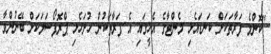
"ކޮންމެ ފަރާތަކަށް ކަނޑައެޅި މެންޓާގެ އެހީގައި އެ ފަރާތަކުން ހުށަހެޅި ޕްރޮޕޯސަލަކަށް ބޭނުންވާ